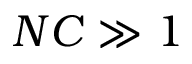
N C \gg 1